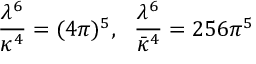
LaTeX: \frac { \lambda ^ { 6 } } { \kappa ^ { 4 } } = ( 4 \pi ) ^ { 5 } , \ \ \frac { \lambda ^ { 6 } } { \bar { \kappa } ^ { 4 } } = 2 5 6 \pi ^ { 5 }